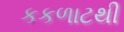
કકળાટથી